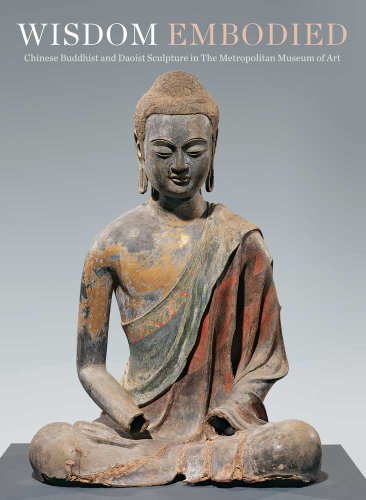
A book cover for Wisdom Embodied: Chinese Buddhist and Daoist Sculpture in The Metropolitan Museum of Art; Denise Patry Leidy; Arts & Photography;